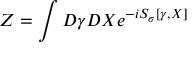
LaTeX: Z = \int { \cal D } \gamma { \cal D } X e ^ { - i { \cal S } _ { \sigma } [ \gamma , X ] }